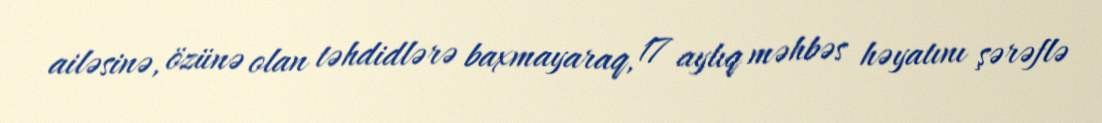
ailəsinə, özünə olan təhdidlərə baxmayaraq, 17 aylıq məhbəs həyatını şərəflə